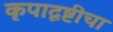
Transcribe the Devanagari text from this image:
कृपादृष्टीचा